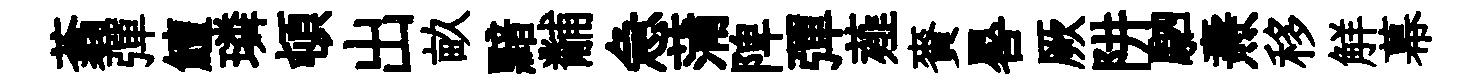
蓊彈鱣璘頓出畝黯黼急蒲陴彈薤賚晷厥阱駟燾移觧幕